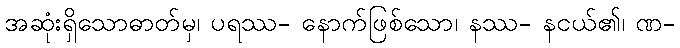
အဆုံးရှိသောဓာတ်မှ၊ ပရဿ- နောက်ဖြစ်သော၊ နဿ- နငယ်၏၊ ဏ-